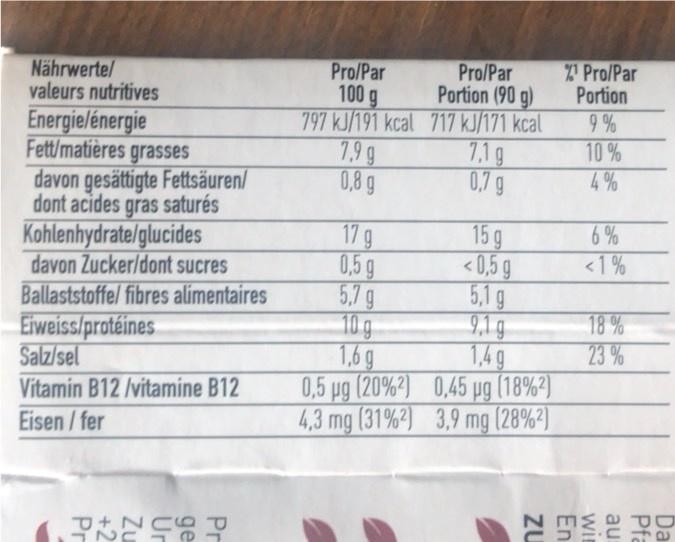
Pro/Par
Pro/Par Portion 9 % 10% 4%
Nährwertel valeurs nutritives
Pro/Par 100 g 797 kJ/191 kcal 717 kJ/171 kcal
Portion (90 g)
Energielénergie Fett/matières grasses davon gesättigte Fettsäuren/ dont acides gras saturés Kohlenhydrate/glucides davon Zucker/dont sucres Ballaststoffel fibres alimentaires Eiweiss/protéines Salz/sel
7.9 g
7.1g
0,8 g
0,7 g
15 g <0,5 g 5,.1 g 9,1 g 1,4 g 0,5 pg (20%2) 0,45 pg (18%2) 4,3 mg (31%2) 3,9 mg (28%2)
6%
17g 0,5g 5.7g 10 g 1,6 g
<1 %
18 % 23 %
Vitamin B12 /vitamine B12
Eisen / fer
T+ NC